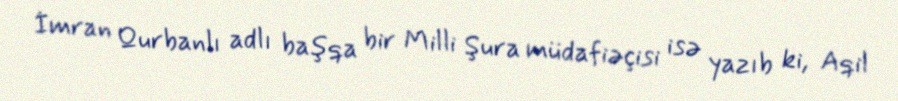
İmran Qurbanlı adlı başqa bir Milli Şura müdafiəçisi isə yazıb ki, Aqil